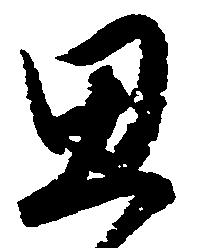
思